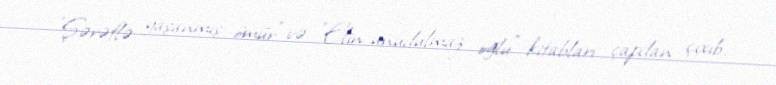
"Şərəflə yaşanmış ömür" və "Elin unudulmaz oğlu" kitabları çapdan çıxıb.